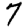
Digit: 7